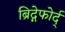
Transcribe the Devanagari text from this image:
ब्रिद्गेफोर्द्